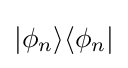
|\phi _{n}\rangle \langle \phi _{n}|